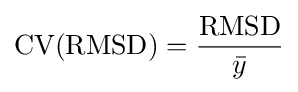
\mathrm {CV(RMSD)} ={\frac {\mathrm {RMSD} }{\bar {y}}}